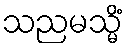
သညမသ္မိံ